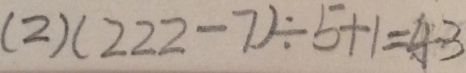
( 2 ) ( 2 2 2 - 7 ) \div 5 + 1 = 4 3